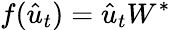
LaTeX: f(\hat{u}_{t})=\hat{u}_{t}W^{*}